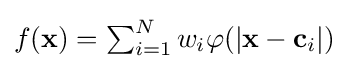
{\textstyle f(\mathbf {x} )=\sum _{i=1}^{N}w_{i}\varphi (|\mathbf {x} -\mathbf {c} _{i}|)}